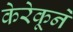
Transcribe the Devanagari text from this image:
केरेकूने